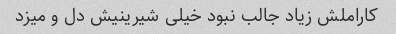
کاراملش زیاد جالب نبود خیلی شیرینیش دل و میزد